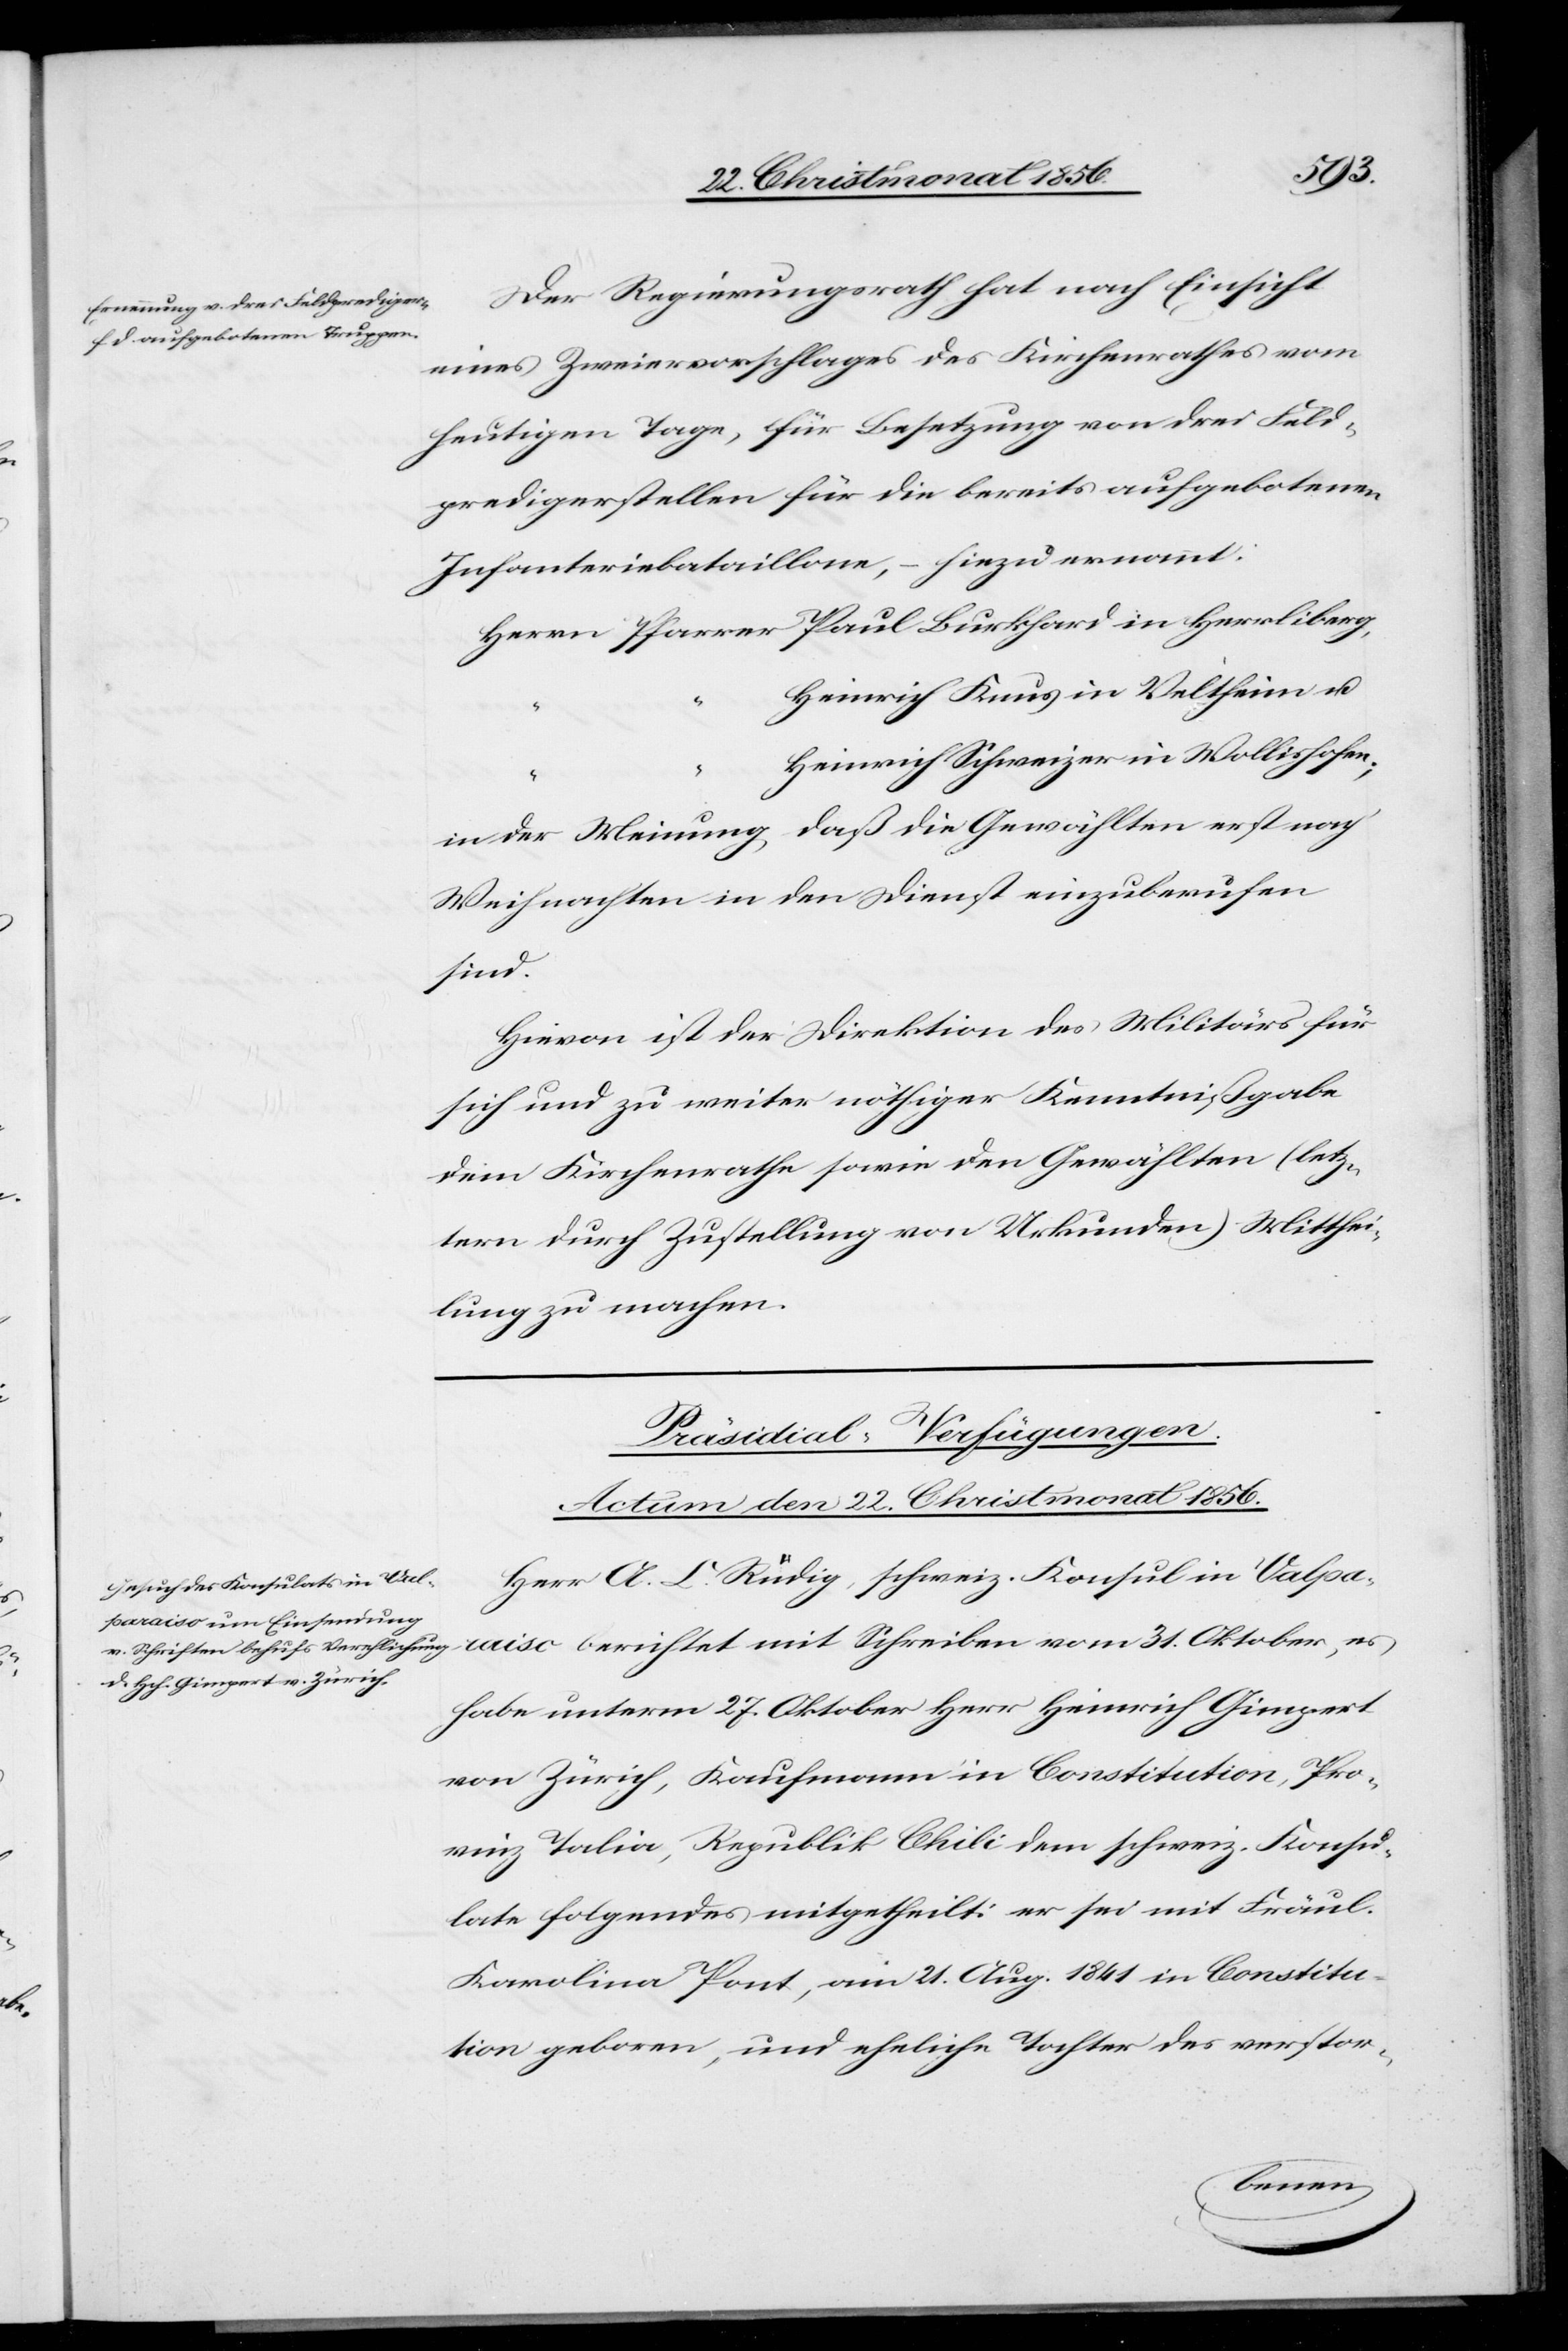
es

31.
Der Regierungsrath hat nach Einsicht
eines Zweiervorschlages des Kirchenrathes vom
heutigen Tage, für Besetzung von drei Feld¬
predigerstellen für die bereits aufgebotenen
Infanteriebataillone, – hiezu ernannt:
Herrn Pfarrer Paul Burkhard in Herrliberg,
Heinrich Knus in Veltheim u.
Heinrich Schweizer in Wollishofen;
in der Meinung, daß die Gewählten erst nach
Weihnachten in den Dienst einzuberufen
sind.
Hievon ist der Direktion des Militärs für
sich und zu weiter nöthiger Kenntnißgabe
dem Kirchenrathe sowie den Gewählten (letz¬
tern durch Zustellung von Urkunden) Mitthei¬
lung zu machen.
Präsidial-Verfügungen.
Actum den 22. Christmonat 1856.
Herr A. C. Rüdig, schweiz. Konsul in Valpa¬
habe unterm 27. Oktober Herr Heinrich Gimpert
von Zürich, Kaufmann in Constitution, Pro¬
vinz Talia, Republik Chili dem schweiz. Konsu¬
late folgendes mitgetheilt: er sei mit Fräul.
Karolina Pont, am 21. Aug. 1841 in Constitu¬
tion geboren, und eheliche Tochter des verstor-